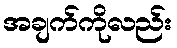
အချက်ကိုလည်း